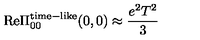
\mathrm { R e } \Pi _ { 0 0 } ^ { \mathrm { t i m e } - \mathrm { l i k e } } ( 0 , 0 ) \approx { \frac { e ^ { 2 } T ^ { 2 } } { 3 } }